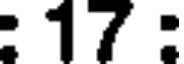
: 17 :